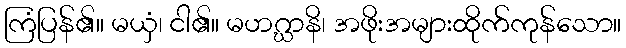
ကြံပြန်၏။ မယှံ၊ ငါ၏။ မဟဂ္ဃာနိ၊ အဖိုးအများထိုက်ကုန်သော။